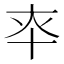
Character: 𰅳